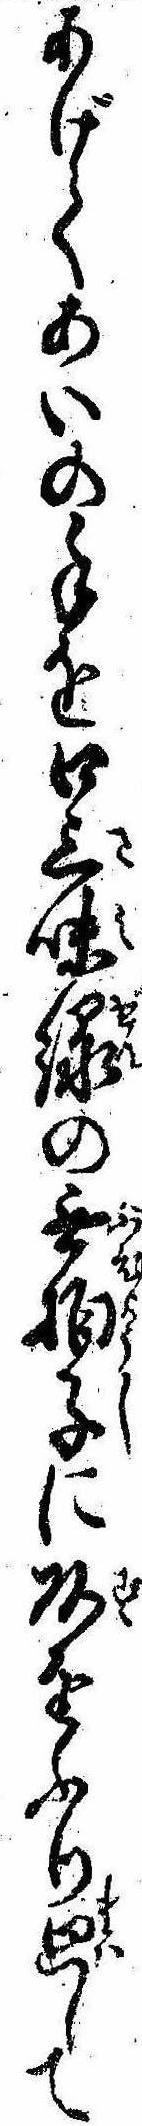
あげてあいの手を口三味線の無拍子に頭をふり廻して